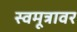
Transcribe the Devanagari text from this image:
स्वमूत्रावर